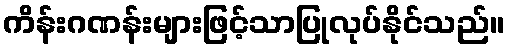
ကိန်းဂဏန်းများဖြင့်သာပြုလုပ်နိုင်သည်။